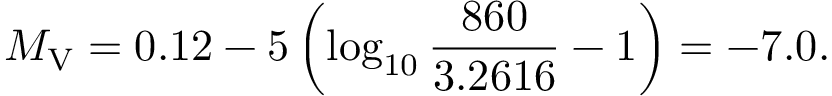
M _ { \mathrm { V } } = 0 . 1 2 - 5 \left( \log _ { 1 0 } { \frac { 8 6 0 } { 3 . 2 6 1 6 } } - 1 \right) = - 7 . 0 .